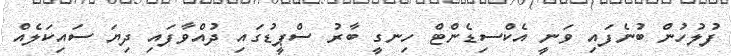
ފުލުހުން ބުނެފައި ވަނީ އެކްސިޑެންޓް ހިނގީ ބާރު ސްޕީޑުގައި ދުއްވާފައި ދިޔަ ސައިކަލެއް